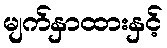
မျက်နှာထားနှင့်